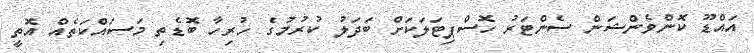
އައްޑޫ ކޮންވެންޝަން ސެންޓަރު ހޮސްޕިޓަލަކަށް ބަދަލު ކުރުމުގެ ހުރިހާ ބޮޑެތި މަސައްކަތެއް އޮތީ